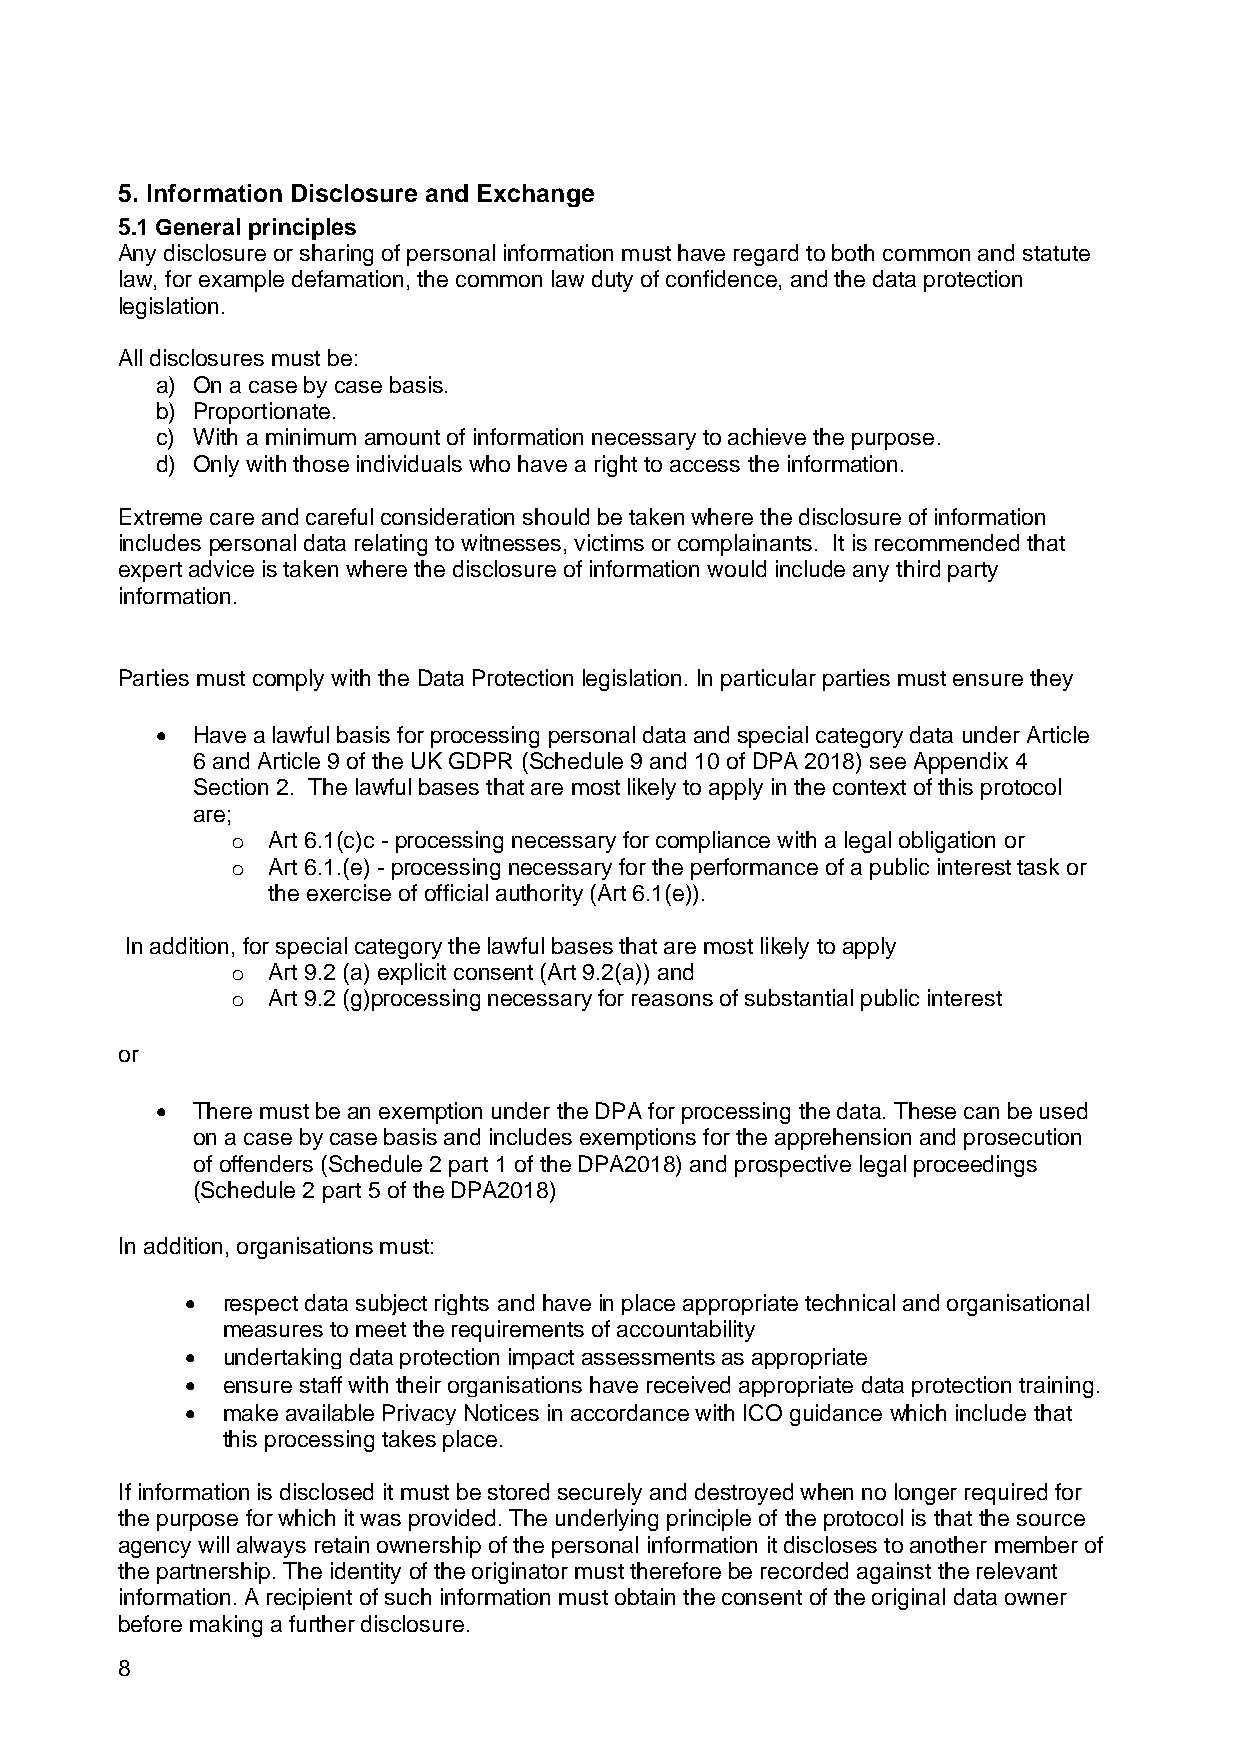
5. Information Disclosure and Exchange
 5.1 General principles
 Any disclosure or sharing of personal information must have regard to both common and statute
 law, for example defamation, the common law duty of confidence, and the data protection
 legislation.
 All disclosures must be:
 a) On a case by case basis.
 b) Proportionate.
 c) With a minimum amount of information necessary to achieve the purpose.
 d) Only with those individuals who have a right to access the information.
 Extreme care and careful consideration should be taken where the disclosure of information
 includes personal data relating to witnesses, victims or complainants. It is recommended that
 expert advice is taken where the disclosure of information would include any third party
 information.
 Parties must comply with the Data Protection legislation. In particular parties must ensure they
 •  Have a lawful basis for processing personal data and special category data under Article
 6 and Article 9 of the UK GDPR (Schedule 9 and 10 of DPA 2018) see Appendix 4
 Section 2. The lawful bases that are most likely to apply in the context of this protocol
 are;
 o  Art 6.1(c)c - processing necessary for compliance with a legal obligation or
 o  Art 6.1.(e) - processing necessary for the performance of a public interest task or
 the exercise of official authority (Art 6.1(e)).
 In addition, for special category the lawful bases that are most likely to apply
 o  Art 9.2 (a) explicit consent (Art 9.2(a)) and
 o  Art 9.2 (g)processing necessary for reasons of substantial public interest
 or
 •  There must be an exemption under the DPA for processing the data. These can be used
 on a case by case basis and includes exemptions for the apprehension and prosecution
 of offenders (Schedule 2 part 1 of the DPA2018) and prospective legal proceedings
 (Schedule 2 part 5 of the DPA2018)
 In addition, organisations must:
 •  respect data subject rights and have in place appropriate technical and organisational
 measures to meet the requirements of accountability
 •  undertaking data protection impact assessments as appropriate
 •  ensure staff with their organisations have received appropriate data protection training.
 •  make available Privacy Notices in accordance with ICO guidance which include that
 this processing takes place.
 If information is disclosed it must be stored securely and destroyed when no longer required for
 the purpose for which it was provided. The underlying principle of the protocol is that the source
 agency will always retain ownership of the personal information it discloses to another member of
 the partnership. The identity of the originator must therefore be recorded against the relevant
 information. A recipient of such information must obtain the consent of the original data owner
 before making a further disclosure.
 8